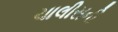
ચાલીસની